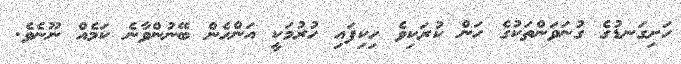
ހަށިގަނޑުގެ ގުނަވަންތަކުގެ ހަން ކުރަކިވެ ހިކިފައި ހުރުމަކީ އަންހެން ބޭނުންވާނެ ކަމެއް ނޫނެވެ.